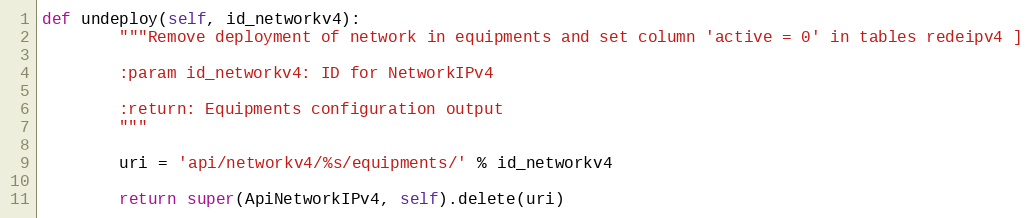
Language: Python
def undeploy(self, id_networkv4):
        """Remove deployment of network in equipments and set column 'active = 0' in tables redeipv4 ]

        :param id_networkv4: ID for NetworkIPv4

        :return: Equipments configuration output
        """

        uri = 'api/networkv4/%s/equipments/' % id_networkv4

        return super(ApiNetworkIPv4, self).delete(uri)